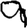
Digit: 9